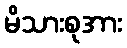
မိသားစုအား